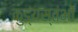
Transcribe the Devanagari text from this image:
कुड्यस्तंभों